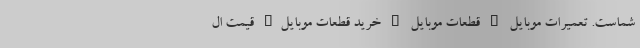
شماست. تعمیرات موبایل | قطعات موبایل | خرید قطعات موبایل| قیمت ال